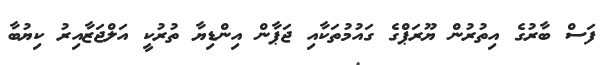
ފަސް ބާރުގެ އިތުރުން ޔޫރަޕްގެ ގައުމުތަކާއި ޖަޕާން އިންޑިޔާ ތުުރުކީ އަލްޖަޒާއިރު ކިޔުބާ